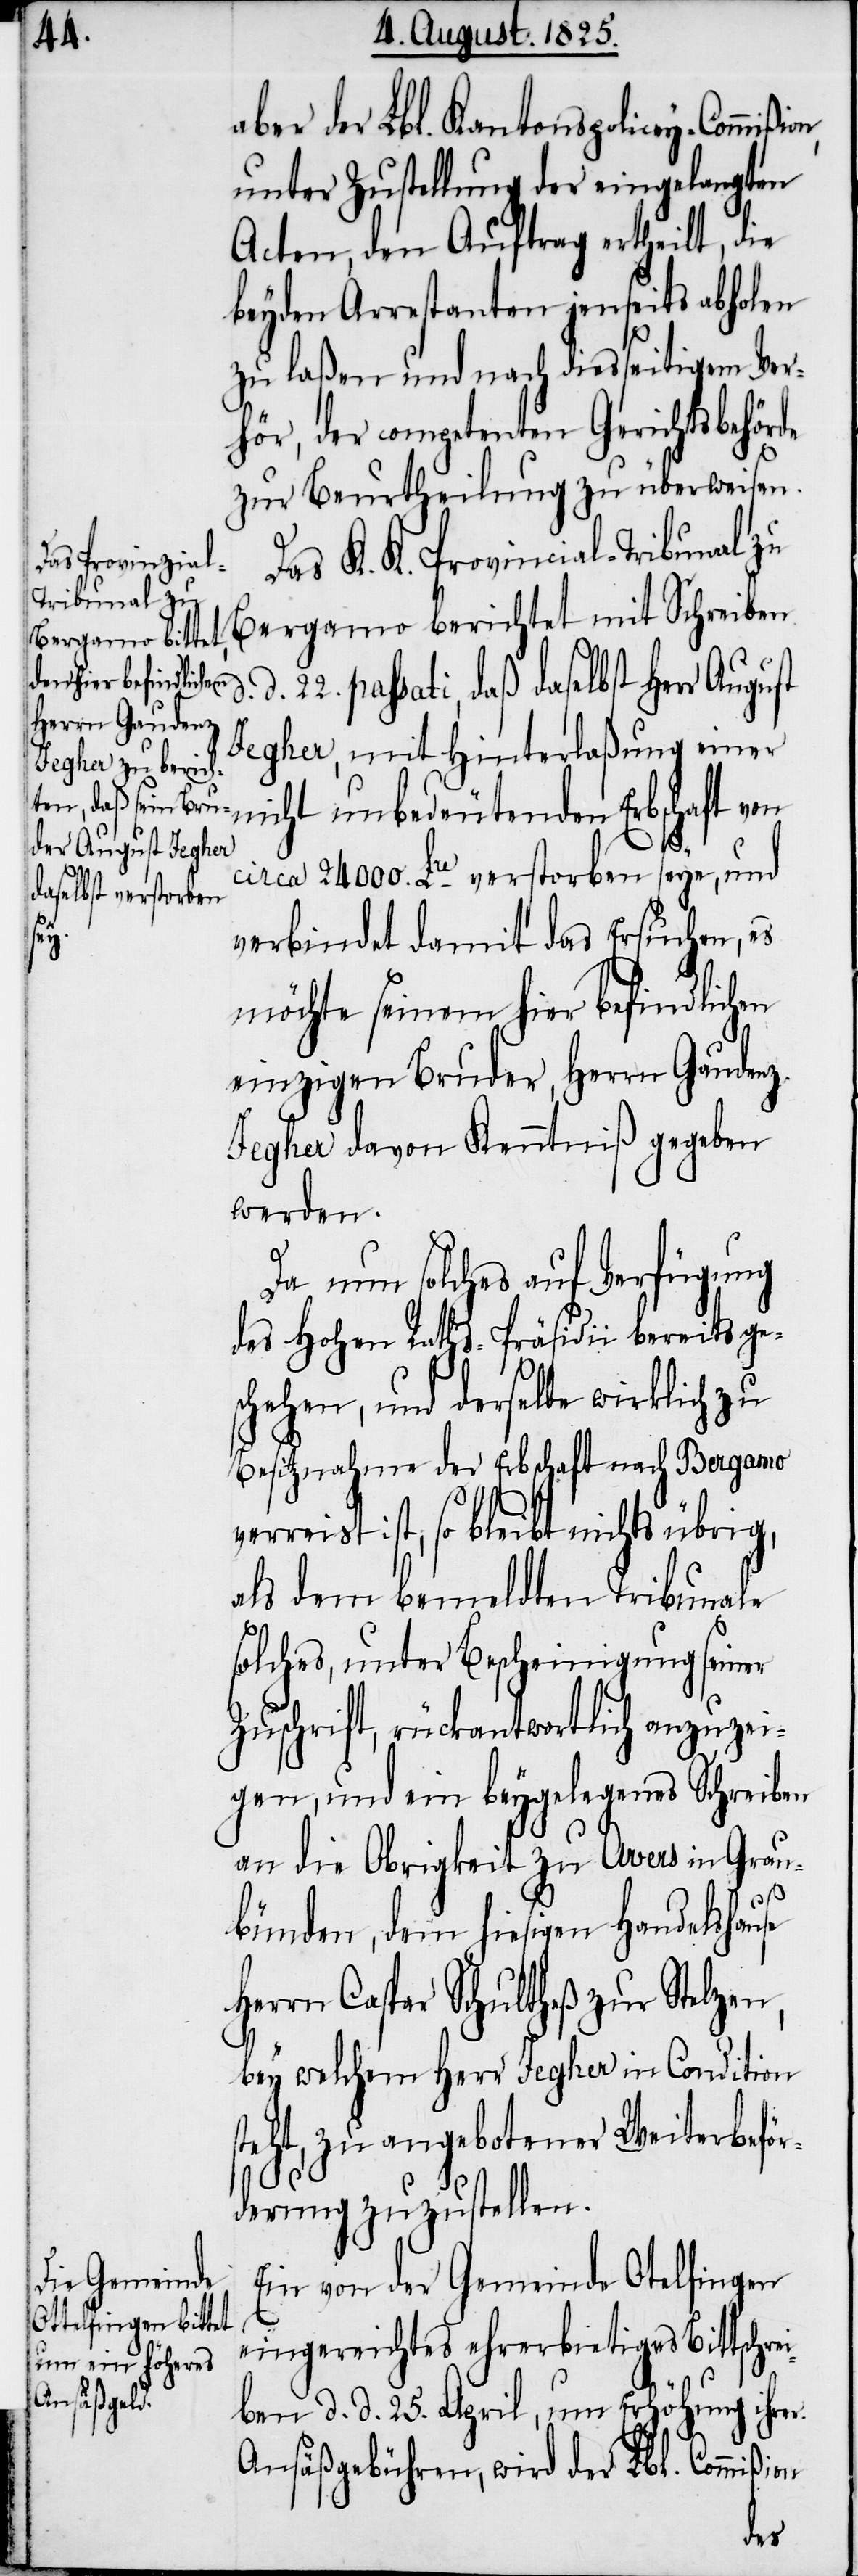
aber der Lbl. Kantonspolicey-Commißi¬
unter Zustellung der eingelangten
Acten, den Auftrag ertheilt, die
beyden Arrestanten jenseits abholen
zu laßen und nach diesseitigem Ver¬
hör, der competenten Gerichtsbehörde
zur Beurtheilung zu überweisen.
Das K. K. Provincial-Tribunal zu
Bergamo berichtet mit Schreiben
d. 22. passati, daß daselbst
Jegher, mit Hinterlaßung einer
nicht unbedeutenden Erbschaft von
d.
circa 24 000. La verstorben seye, und
ion
verbindet damit das Ersuchen, es
möchte seinem hier befindlichen
einzigen Bruder, Herrn Gaudenz
Jegher davon Kenntniß gegeben
werden.
Da nun solches auf Verfügung
des hohen Raths-Präsidii bereits ges¬
chehen, und derselbe wirklich zu
Besitznahme der Erbschaft nach Bergamo
reist ist, so bleibt nichts übrig,
als dem bemeldten Tribunale
solches, unter Bescheinigung seiner
Zuschrift, rückantwortlich anzuzei¬
gen, und ein beygelegenes Schreiben
an die Obrigkeit zu Avers in Grau¬
bünden, dem hiesigen Handelshause
Herrn Caspar Schultheß zur Stelzen,
bey welchem Herr Jegher in Condition
teht, zu angebotener Weiterbeför¬
derung zuzustellen.
Ein von der Gemeinde Otelfingen
eingereichtes ehrerbietiges Bittschre¬
ben d. d. 25. April, um Erhöhung ihrer
Ansäßgebühren, wird der Lbl. Commiß¬